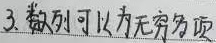
3. 数列可以为无穷多项